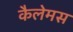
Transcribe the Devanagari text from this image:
कैलेमस